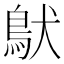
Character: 𩿁